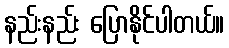
နည်းနည်း ပြောနိုင်ပါတယ်။